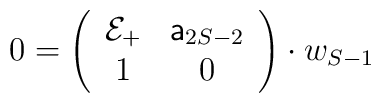
0=\left(\begin{array}{cc}	{\cal E}_{+} & {\sf a}_{2S-2}\\	1 & 0\\	\end{array}\right)\cdot w_{S-1}